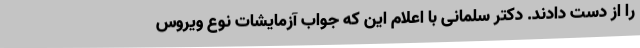
را از دست دادند. دکتر سلمانی با اعلام این که جواب آزمایشات نوع ویروس